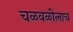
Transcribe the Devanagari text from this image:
चळवळीलाच